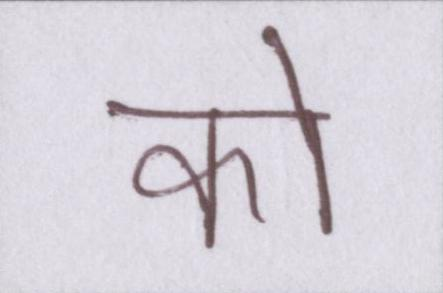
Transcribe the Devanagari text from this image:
को